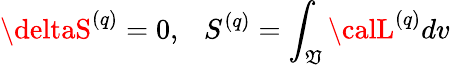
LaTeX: \deltaS^{(q)}=0,\ \ \ S^{(q)}=\int_{\mathfrak{V}}{\calL}^{(q)}dv